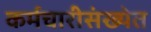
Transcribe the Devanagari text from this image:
कर्मचारीसंख्येत